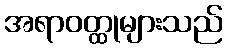
အရာဝတ္ထုများသည်